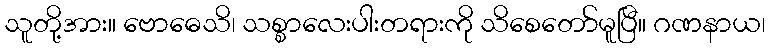
သူတို့အား။ ဗောဓေသိ၊ သစ္စာလေးပါးတရားကို သိစေတော်မူပြီ။ ဂဏနာယ၊